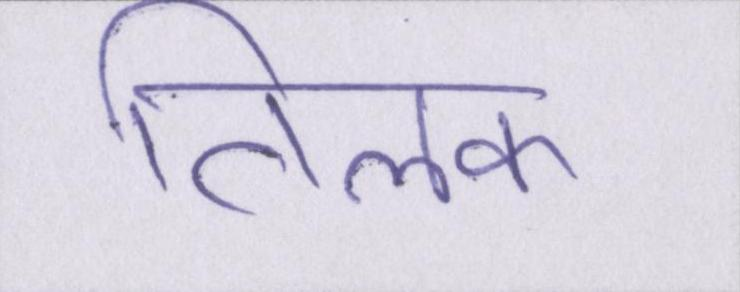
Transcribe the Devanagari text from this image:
तिलक